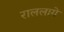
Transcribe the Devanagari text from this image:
राललागे